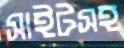
সাইটসহ